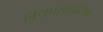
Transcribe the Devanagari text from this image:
हायपरगोलिक